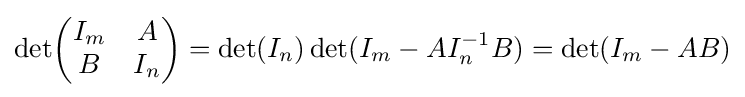
\det \!{\begin{pmatrix}I_{m}&A\\B&I_{n}\end{pmatrix}}=\det(I_{n})\det(I_{m}-AI_{n}^{-1}B)=\det(I_{m}-AB)